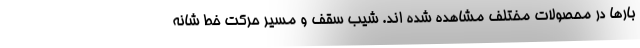
بارها در محصولات مختلف مشاهده شده اند. شیب سقف و مسیر حرکت خط شانه